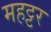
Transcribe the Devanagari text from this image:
महट्टर